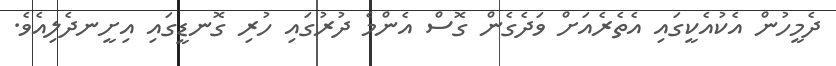
ދެމީހުން އެކުއެކީގައި އެތެރެއަށް ވަދެގެން ގޮސް އެންމެ ދުރުގައި ހުރި ގޮނޑީގައި އިށީނދެލިއެވެ.